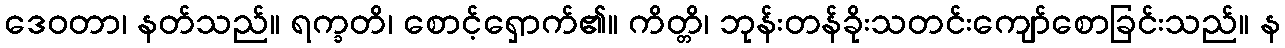
ဒေဝတာ၊ နတ်သည်။ ရက္ခတိ၊ စောင့်ရှောက်၏။ ကိတ္တိ၊ ဘုန်းတန်ခိုးသတင်းကျော်စောခြင်းသည်။ န